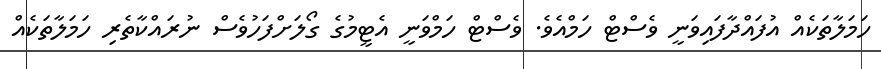
ހަމަލާތަކެއް އުފައްދާފައިވަނީ ވެސްޓް ހަމްއެވެ. ވެސްޓް ހަމްވަނީ އެޓީމުގެ ގޯލަށްފަހުވެސް ނުރައްކާތެރި ހަމަލާތަކެއް